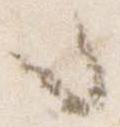
々